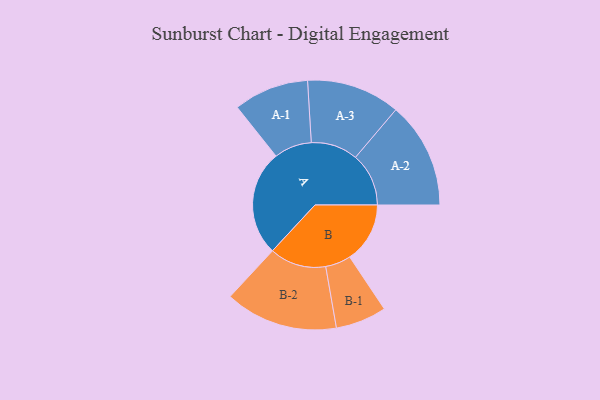
{"axis": {"x": "Segment", "y": "Value"}, "legend": ["", "A", "B"], "data": [{"x": "A", "y": 480, "type": ""}, {"x": "B", "y": 274, "type": ""}, {"x": "A-1", "y": 171, "type": "A"}, {"x": "A-2", "y": 242, "type": "A"}, {"x": "A-3", "y": 213, "type": "A"}, {"x": "B-1", "y": 116, "type": "B"}, {"x": "B-2", "y": 257, "type": "B"}]}